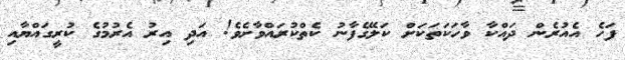
ފަހެ އެއުރެން ދައްކާ ވާހަކަތަކަށް ކަލޭގެފާނު ކެތްކުރައްވާށެވެ! އަދި އިރު އެރުމުގެ ކުރީގައްޔާއި